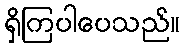
ရှိကြပါပေသည်။